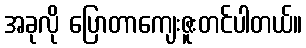
အခုလို ပြောတာကျေးဇူးတင်ပါတယ်။